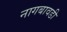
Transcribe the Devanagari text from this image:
नागबावडी